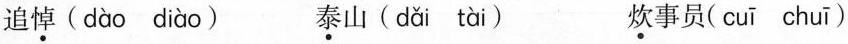
追\underset{·}{悼}( dào diào ) \underset{·}{泰}山( dǎi tài )\underset{·}{炊}事员( cuī chuī )